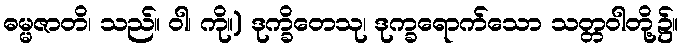
ဓမ္မဇာတိ၊ သည်။ ဝါ၊ ကို။) ဒုက္ခိတေသု၊ ဒုက္ခရောက်သော သတ္တဝါတို့၌။